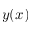
y ( x )